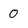
Character: 0